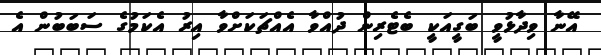
އޭނާ ވިދާޅުވީ ބަގީއަކީ ބެޓެރިން ދުއްވާ އެއްޗަކަށްވާ އިރު އެކަމުގެ ސަބަބުން އެ